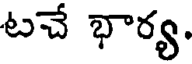
టచే భార్య.